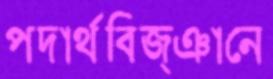
পদার্থবিজ্ঞানে